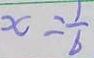
x = \frac { 1 } { 6 }